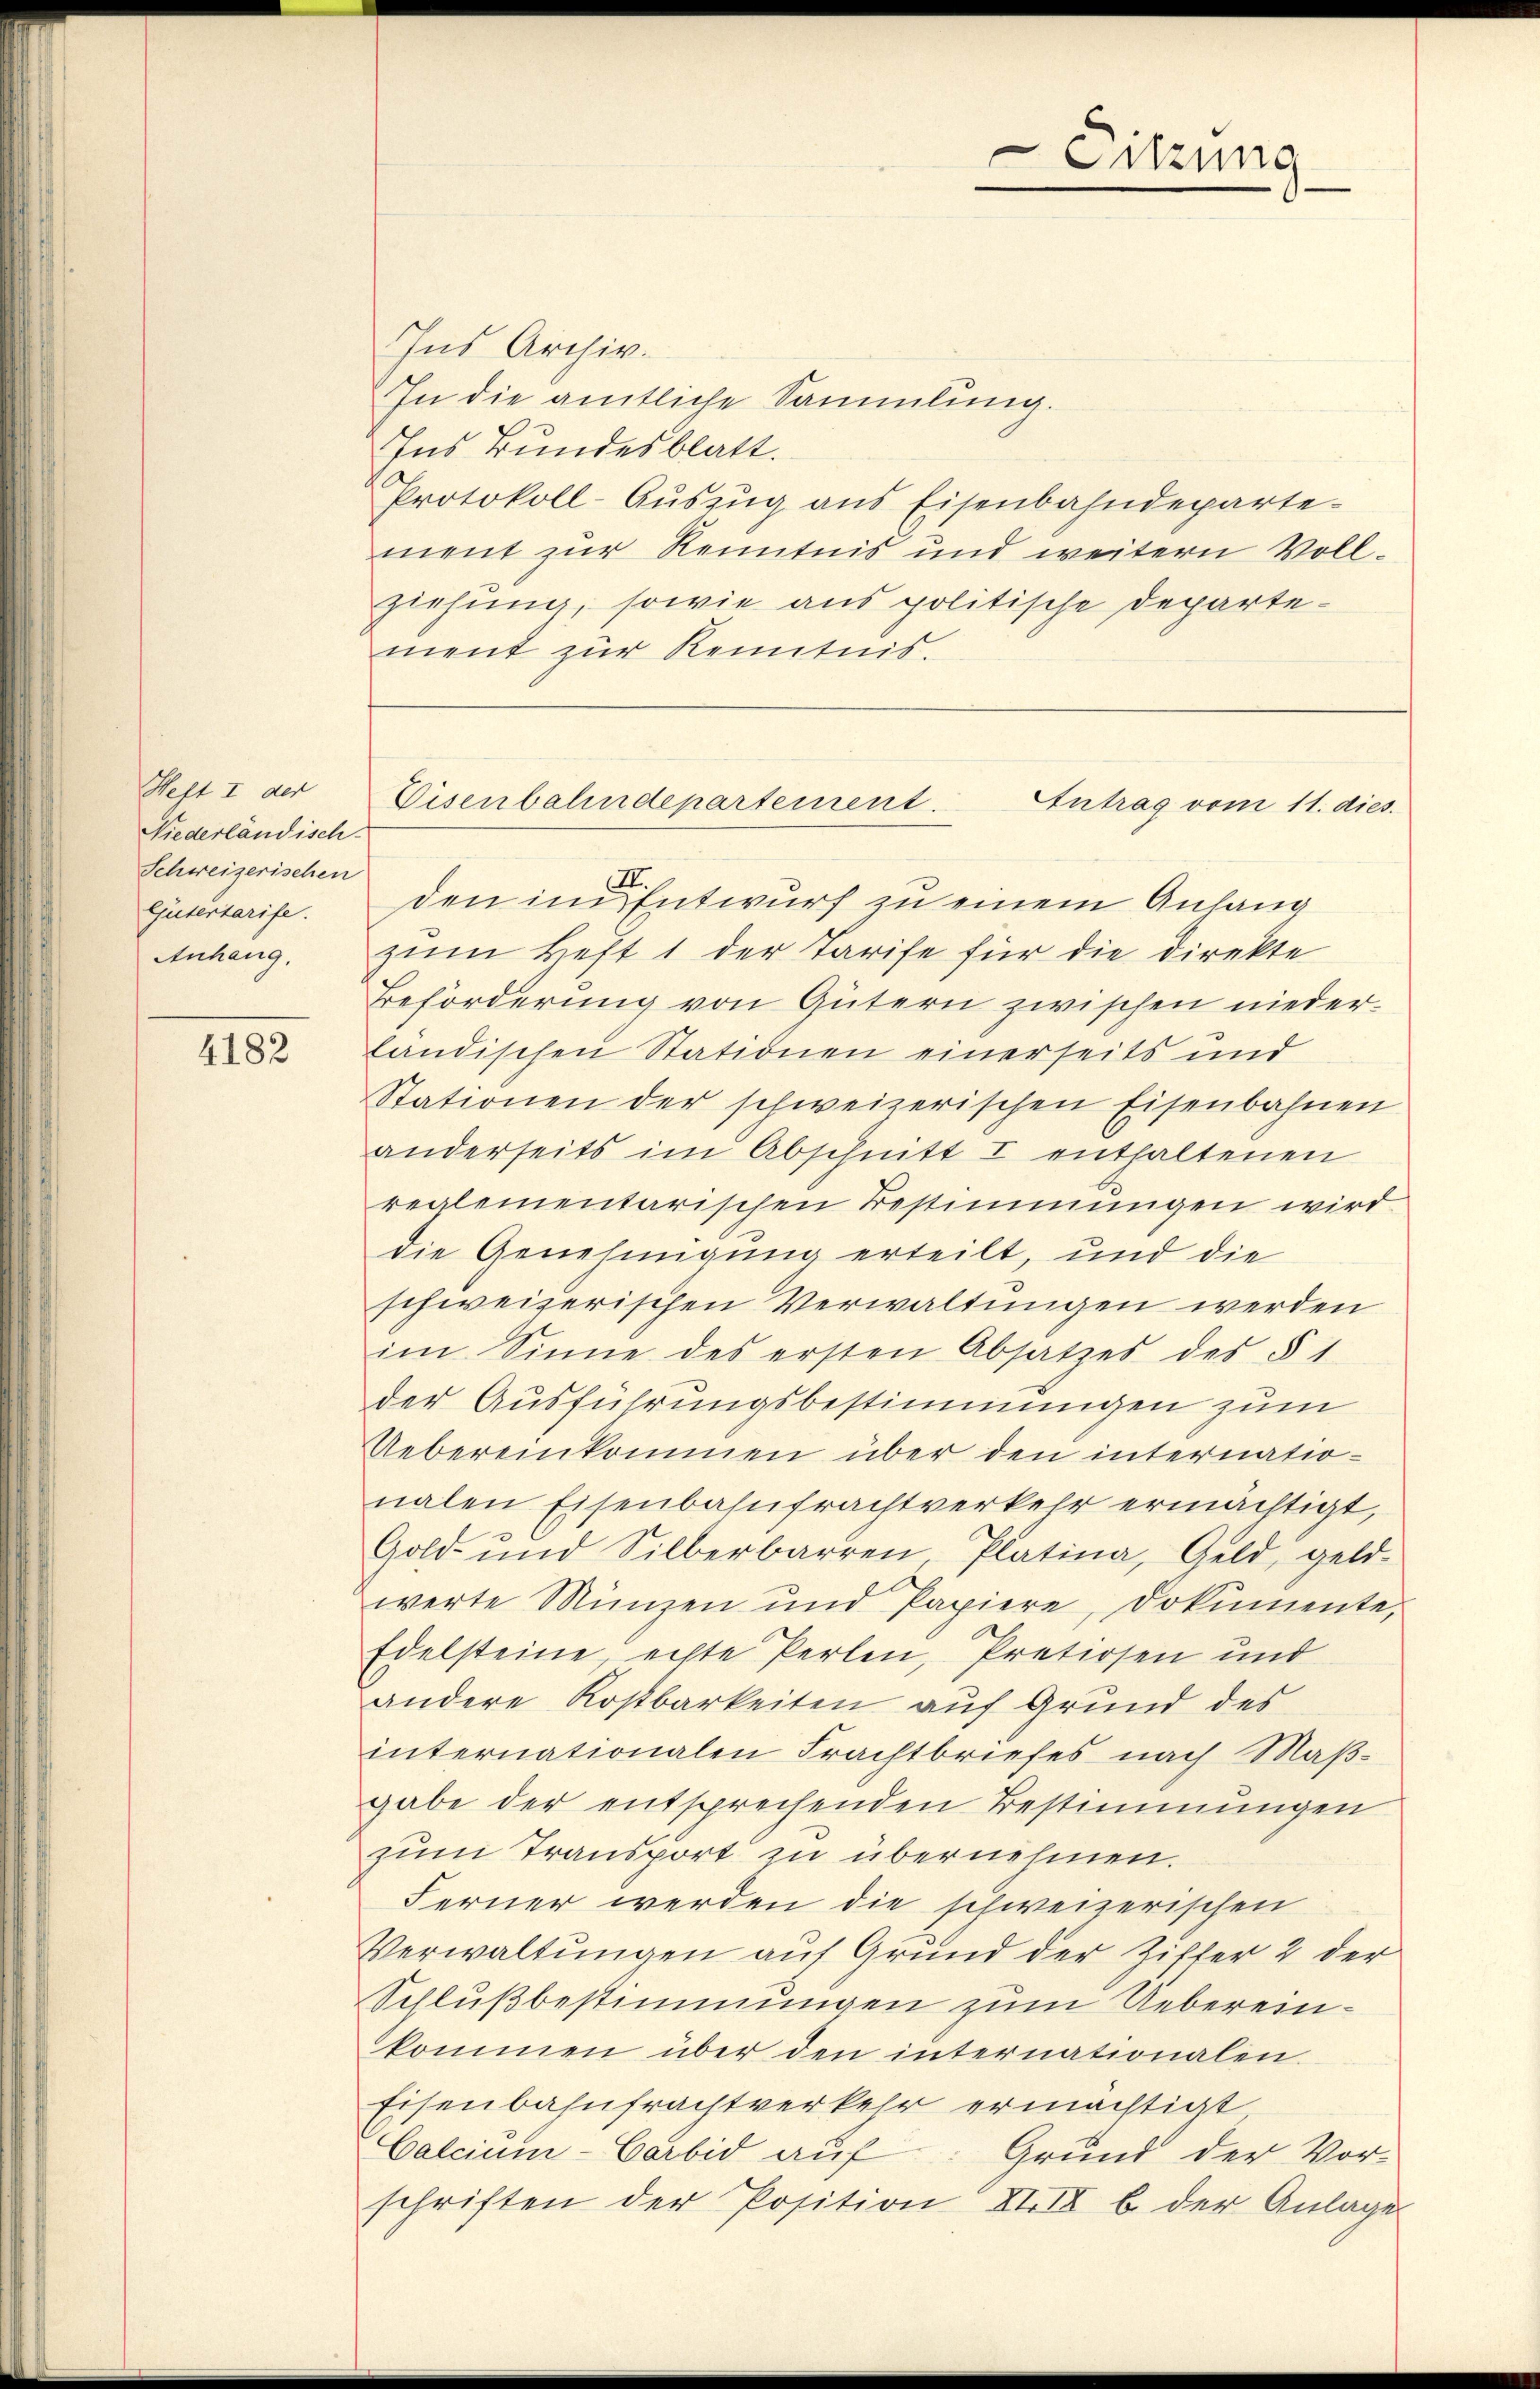
Heft I der
Niederländisch-
Schweizerischen
Gütertarife.

4182

Ins Archiv.
In die amtliche Sammlung.
Ins Bundesblatt.
Protokoll-Auszug aus Eisenbahndepartement zur Kenntnis und weitern Vollziehung, sowie aus politische Departement zur Kenntnis.

den in Entwurf zu einem Anhang
Anhang. zum Heft 1 der Tarife für die Direkte
Beförderung von Gütern zwischen niederländischen Stationen einerseits und
Stationen der schweizerischen Eisenbahnen
anderseits im Abschnitt I enthaltenen
reglementarischen Bestimmungen wird
die Genehmigung erteilt, und die
schweizerischen Verwaltungen werden
im Sinne des ersten Absatzes des § 1
der Ausführungsbestimmungen zum
Uebereinkommen über den internationalen Eisenbahnfrachtverkehr ermächtigt,
Gold- und Silberbarren Platina, Geld, geld-
werte Münzen und Papiere, dokumente,
Edelsteine, echte Perlen, Pretiosen und
andere Kostbarkeiten auf Grund des
internationalen Frachtbriefes nach Maßgabe der entsprechenden Bestimmungen
zum Transport zu übernehmen.
Ferner werden die schweizerischen
Verwaltungen auf Grund der Ziffer 2 der
Schlußbestimmungen zum Uebereinkommen über den internationalen.
Eisenbahnfrachtverkehr ermächtigt
Calcium-Carbid auf Grund der Vor-
schriften der Position XIII b. der Anlage

Sitzung

Eisenbahndepartement.
Antrag vom 11. dies